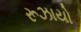
રૂઝાયો